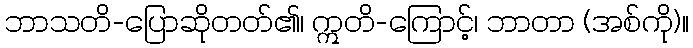
ဘာသတိ-ပြောဆိုတတ်၏၊ ဣတိ-ကြောင့်၊ ဘာတာ (အစ်ကို)။